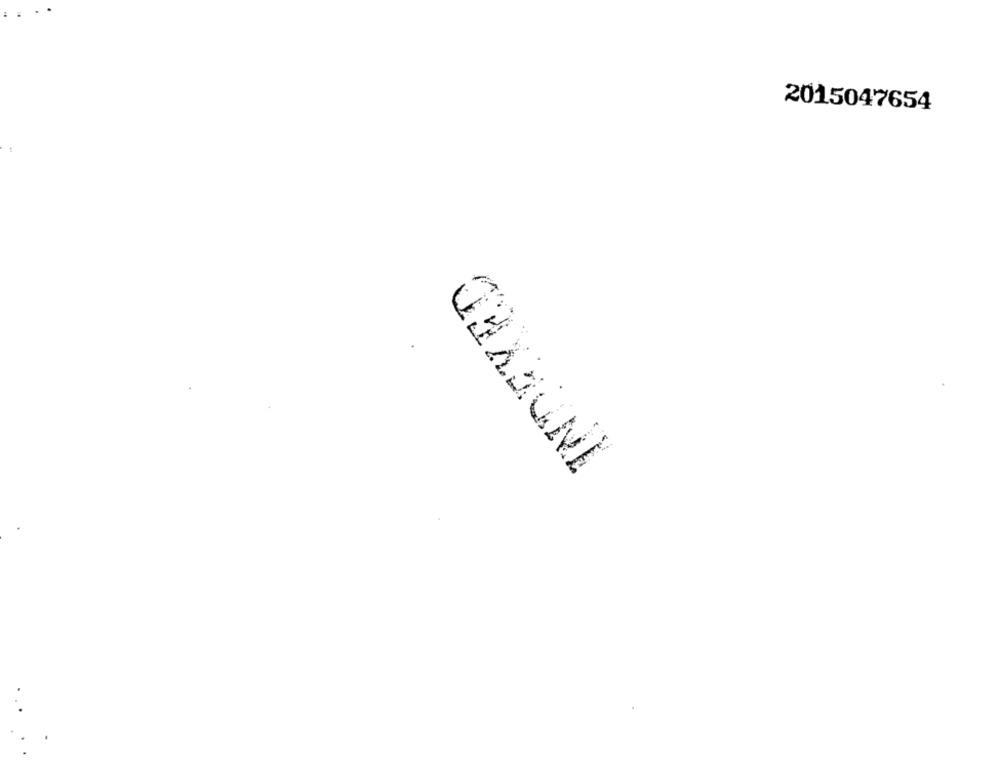
2015047654
OHXBUNI